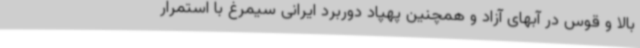
بالا و قوس در آبهای آزاد و همچنین پهپاد دوربرد ایرانی سیمرغ با استمرار